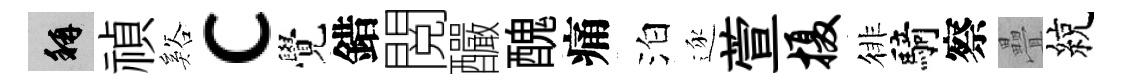
稱禎谿c覺錯閲釅醜痛泊逐萱摄徘騎察疊綂